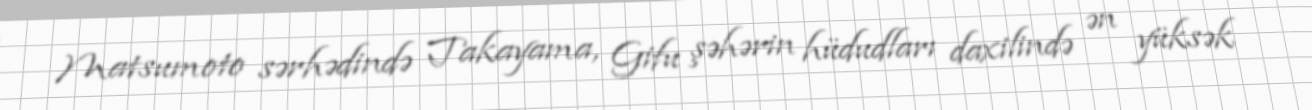
Matsumoto sərhədində Takayama, Gifu şəhərin hüdudları daxilində ən yüksək